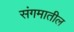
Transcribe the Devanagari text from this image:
संगमातील